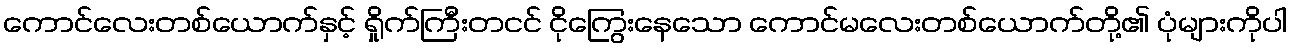
ကောင်လေးတစ်ယောက်နှင့် ရှိုက်ကြီးတငင် ငိုကြွေးနေသော ကောင်မလေးတစ်ယောက်တို့၏ ပုံများကိုပါ